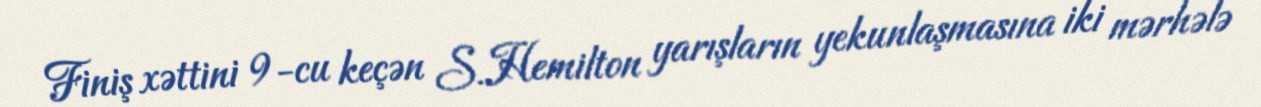
Finiş xəttini 9-cu keçən S.Hemilton yarışların yekunlaşmasına iki mərhələ